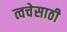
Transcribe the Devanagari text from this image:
त्वचेसाठी